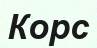
Корс